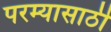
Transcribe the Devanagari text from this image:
परम्यासाठी